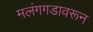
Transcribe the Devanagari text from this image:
मलंगगडावरून